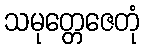
သမုတ္တေဇေတုံ